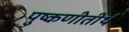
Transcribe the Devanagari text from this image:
पुष्कणीतीर्थ